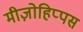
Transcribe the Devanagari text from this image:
मीज़ोहिप्पस